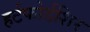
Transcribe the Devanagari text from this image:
हर्टफोर्डशिर